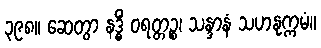
၃၉၈။ ဆေတွာ နဒ္ဓိံ ဝရတ္တဉ္စ၊ သန္ဒာနံ သဟနုက္ကမံ။